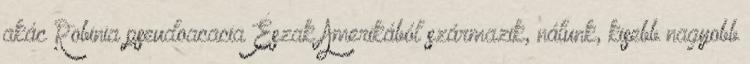
akác Robinia pseudoacacia Észak Amerikából származik, nálunk, kisebb nagyobb